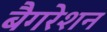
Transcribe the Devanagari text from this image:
बैगरेशन